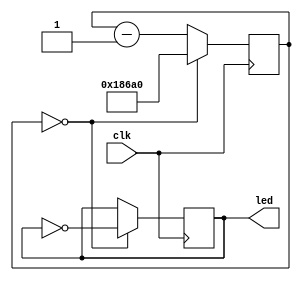
// This program was cloned from: https://github.com/multigcs/riocore
// License: GNU General Public License v2.0


module blink
    #(parameter DIVIDER = 100000)
    (
        input clk,
        output led
    );
    reg rled = 0;
    reg [31:0] counter = 0;
    assign led = rled;
    always @(posedge clk) begin
        if (counter == 0) begin
            counter <= DIVIDER;
            rled <= ~rled;
        end else begin
            counter <= counter - 1;
        end
    end
endmodule